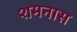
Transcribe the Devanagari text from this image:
शमनास